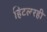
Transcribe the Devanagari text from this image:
हिटलरही